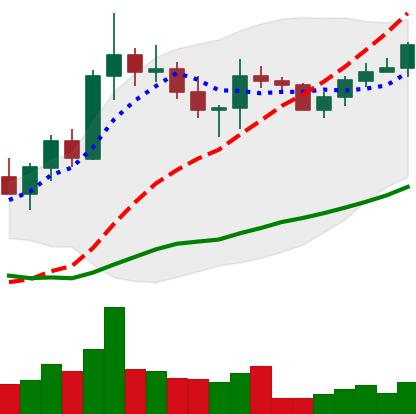
Ticker: XRP-USD
Chart end date: 2022-10-07
Forward return: -5.771%
Label: down_5_7